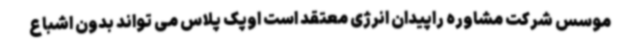
موسس شرکت مشاوره راپیدان انرژی معتقد است اوپک پلاس می تواند بدون اشباع